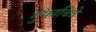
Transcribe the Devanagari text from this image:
गुंफाचित्रे